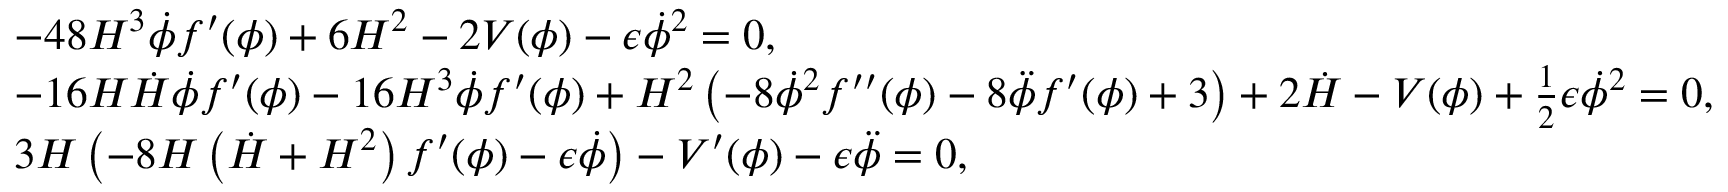
\begin{array} { r l } & { - 4 8 H ^ { 3 } \dot { \phi } f ^ { \prime } ( \phi ) + 6 H ^ { 2 } - 2 V ( \phi ) - \epsilon \dot { \phi } ^ { 2 } = 0 , } \\ & { - 1 6 H \dot { H } \dot { \phi } f ^ { \prime } ( \phi ) - 1 6 H ^ { 3 } \dot { \phi } f ^ { \prime } ( \phi ) + H ^ { 2 } \left( - 8 \dot { \phi } ^ { 2 } f ^ { \prime \prime } ( \phi ) - 8 \ddot { \phi } f ^ { \prime } ( \phi ) + 3 \right) + 2 \dot { H } - V ( \phi ) + \frac { 1 } { 2 } \epsilon \dot { \phi } ^ { 2 } = 0 , } \\ & { 3 H \left( - 8 H \left( \dot { H } + H ^ { 2 } \right) f ^ { \prime } ( \phi ) - \epsilon \dot { \phi } \right) - V ^ { \prime } ( \phi ) - \epsilon \ddot { \phi } = 0 , } \end{array}